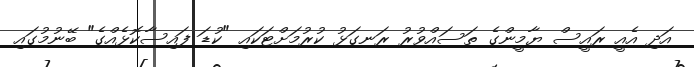
އަދި އެއީ ރައީސް ޔާމީންގެ ތަސައްވުރު ރަނގަޅު ކުރުމަށްޓަކައި "ކުޑަ ފައިސާކޮޅެއްގެ" ބޭނުމުގައި